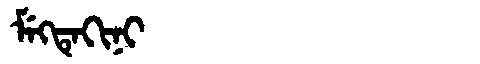
Manchu: ᠮᡝᡴᡨᡝᡴᡳᠨᡳ
Romanization: MEKTEKINI